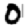
Digit: 0